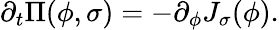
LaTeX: \partial_{t}\Pi(\phi,\sigma)=-\partial_{\phi}J_{\sigma}(\phi).